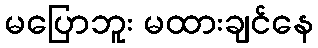
မပြောဘူး မထားချင်နေ